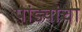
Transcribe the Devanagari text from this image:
पांड्यांचा